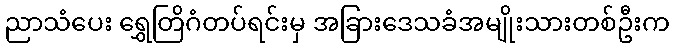
ညာသံပေး ရွှေတြိဂံတပ်ရင်းမှ အခြားဒေသခံအမျိုးသားတစ်ဦးက